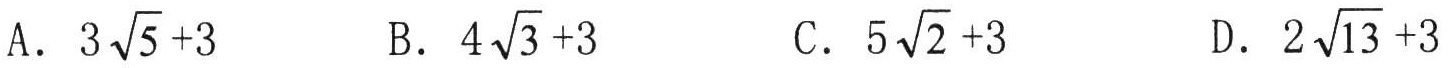
A. \(3\sqrt{5}+3\)  B. \(4\sqrt{3}+3\)  C. \(5\sqrt{2}+3\)  D. \(2\sqrt{13}+3\)